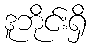
ဒူဘိုင်းရှိ